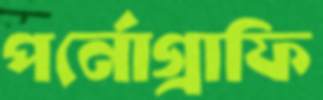
পর্নোগ্রাফি